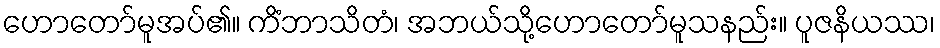
ဟောတော်မူအပ်၏။ ကိံဘာသိတံ၊ အဘယ်သို့ဟောတော်မူသနည်း။ ပူဇနိယဿ၊